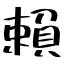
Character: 賴